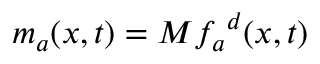
{ m _ { a } } ( x , t ) = M { f _ { a } } ^ { d } ( x , t )